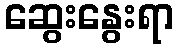
ဆွေးနွေးရာ